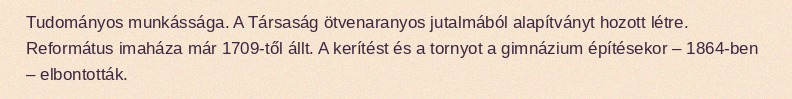
Tudományos munkássága. A Társaság ötvenaranyos jutalmából alapítványt hozott létre. Református imaháza már 1709-től állt. A kerítést és a tornyot a gimnázium építésekor – 1864-ben – elbontották.